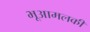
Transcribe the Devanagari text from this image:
भूआमलकी